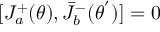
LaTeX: [ J _ { a } ^ { + } ( \theta ) , { \bar { J } } _ { b } ^ { - } ( { \theta } ^ { ' } ) ] = 0